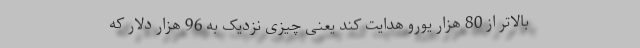
بالاتر از 80 هزار یورو هدایت کند یعنی چیزی نزدیک به 96 هزار دلار که